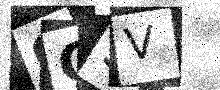
Text: CC9V